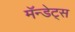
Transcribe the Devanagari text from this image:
मॅन्डेट्स